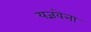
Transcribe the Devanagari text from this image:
यज्ञवेत्ता